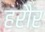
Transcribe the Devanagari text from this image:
हरौर